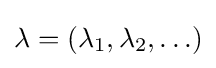
\lambda =(\lambda _{1},\lambda _{2},\ldots )